Leaving Certificate Examination (including Day School Certificate (Higher) General paper), 1928
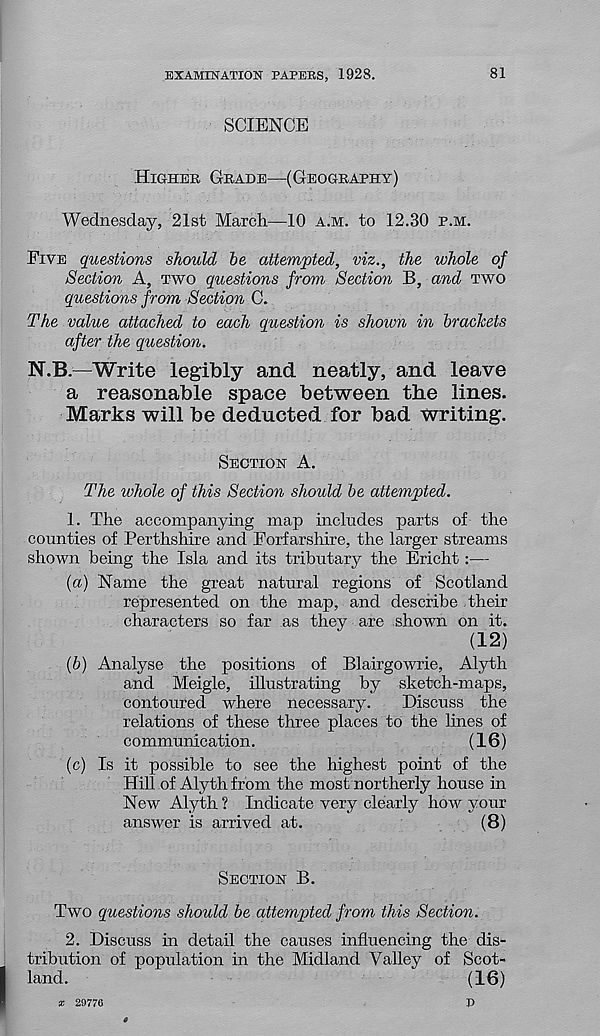
EXAMINATION PAPERS, 1928.
81
SCIENCE
Higher Grade—(Geography)
Wednesday, 21st March—10 a.m. to 12.30 p.m.
Five questions should be attempted, viz., the whole of
Section A, two questions from Section B, and two
questions from Section C.
The value attached to each question is shown in brackets
after the question.
N.B.—Write legibly and neatly, and leave
a reasonable space between the lines.
Marks will be deducted for bad writing.
Section A.
The whole of this Section should be attempted.
1. The accompanying map includes parts of the
counties of Perthshire and Forfarshire, the larger streams
shown being the Isla and its tributary the Ericht :—
(a) Name the great natural regions of Scotland
represented on the map, and describe their
characters so far as they are shown on it.
(12)
(b) Analyse the positions of Blairgowrie, Alyth
and Meigle, illustrating by sketch-maps,
contoured where necessary.
Discuss the
relations of these three places to the lines of
communication.
(16)
(c) Is it possible to see the highest point of the
Hill of Alyth from the most northerly house in
New Alyth ? Indicate very clearly how your
answer is arrived at.
(8)
Section B.
Two questions should be attempted from this Section.
2. Discuss in detail the causes influencing the dis-
tribution of population in the Midland Valley of Scot-
land.
(16)
* 29776
r>